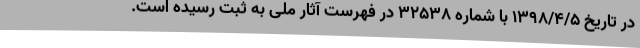
در تاریخ 1398/4/5 با شماره 32538 در فهرست آثار ملی به ثبت رسیده است.